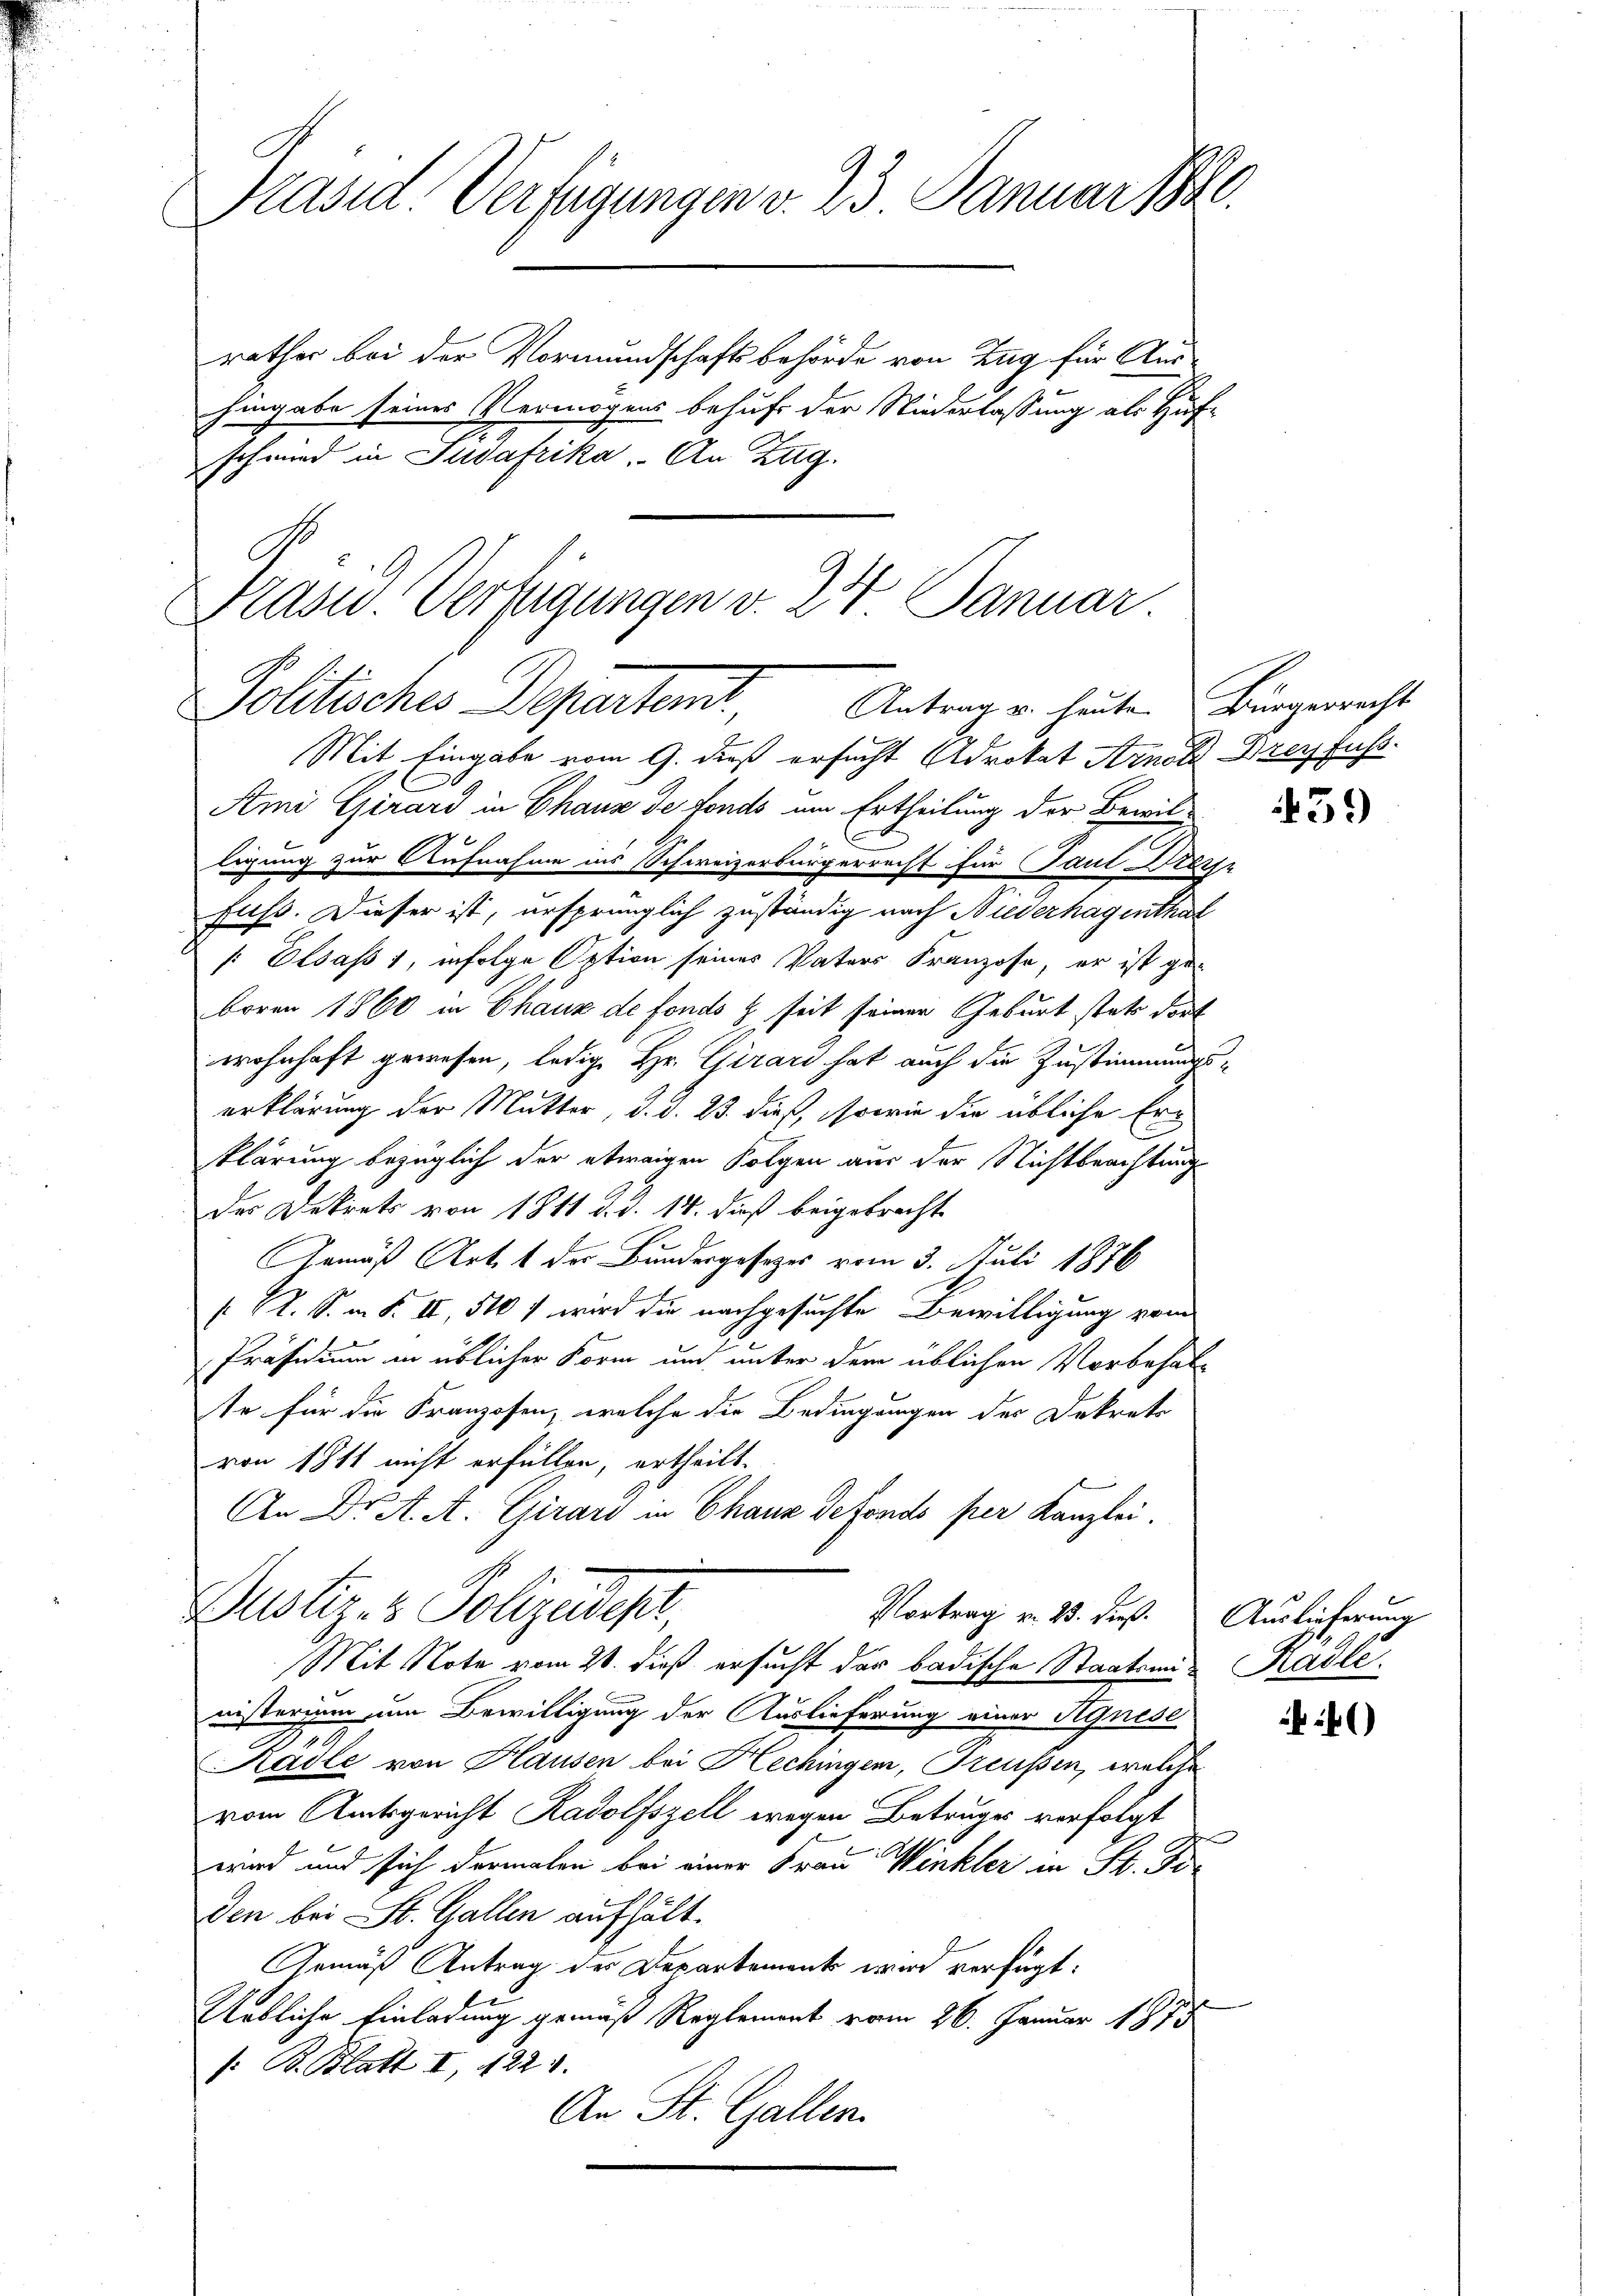
Präsid. Verfügungen v. 23. Januar 18
rathes bei der Vormundschaftsbehörde von Zug für Aus
hingabe seines Vermögens behufs der Niederlassung als Hufschmied in Südafrika. An Zug.

Präsid. Verfügungen v. 24. Januar
Politisches Departent. Antragen heuten Bürgerrecht

Mit Eingabe vom 9. dieß ersucht Advokat Arnold Dreyfuss.
Ami Girard in Chaux de fonds um Ertheilung der Bewillegung zur Aufnahme ins Schweizerbürgerrecht für Paul Keise
fuss. Dieser ist, ursprünglich zuständig nach Niederhagenthal
[: Elsass 1, infolge Option seines Vaters Franzose, er ist geboren 1860 in Chaux de fonds & seit seiner Geburt stets dort
wohnhaft gewesen, ledig Hr. Girard hat auch die Zustimmungs-
erklärung der Mutter, d. d. 23. dieß, sowie die übliche Erklärung bezüglich der etwaigen Folgen aus der Nichtbeachtungs
des Dekrets von 1811 d. d. 14. dieß beigebracht
Aemäß Art. 1 der Bundergesetzes vom 3. Juli 1876
 R. S. i S. II, 510 f wird die nachgesuchte Bewilligung vom
Präsidium in üblicher Form und unter dem üblichen Vorbehalte für die Franzosen, welche die Bedingungen des Dekreti
von 1811 nicht erfüllen, ertheilt.
An Dr. A. A. Girard in Chaus defondo per Kanzlei.
Puster- & Polizeidest,
Vortrag v. 25. dieß. Auslieferung
Mit Note vom 21. dieß ersucht der badische Staatsans Radle
unsterium um Bewilligung der Auslieferung einer Agnese
Kadle von Hausen bei Hechingen, Preußen, welche
vom Amtsgericht Radolfszell wegen Betruges verfolgt
wird und sich dermalen bei einer Frau Winkler in St. Fi
den bei St. Gallen aufhält.
Gemäß Antrag der Departements wird verfügt:
Uebliche Einladung gemäß Reglement vom 26. Januar 1815
: B. Blatt I, 1221.
An St. Gallen.

459)

)